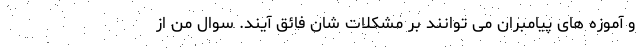
و آموزه های پيامبران می توانند بر مشكلات شان فائق آيند. سوال من از